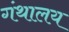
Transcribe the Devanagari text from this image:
गंथालय